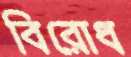
বিরোধ